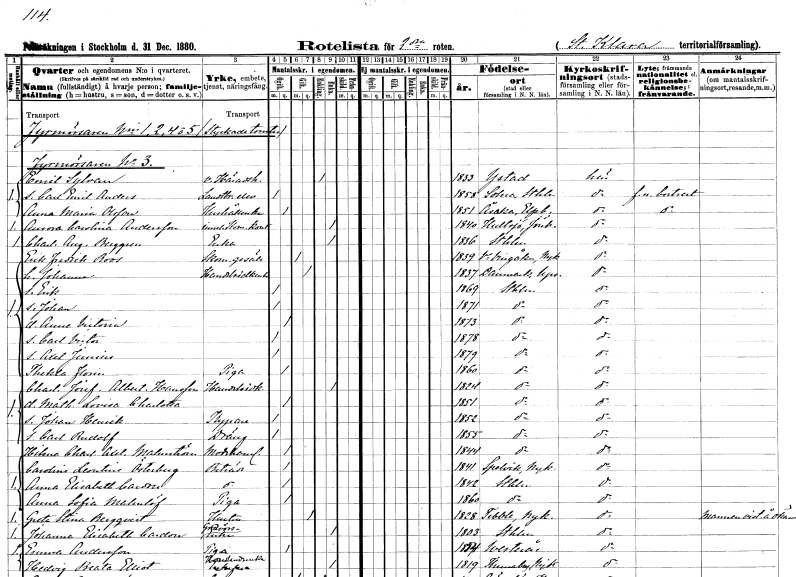
gt_parse: households: individuals: FN: Emil
EN: Sylvan
YRKE: Häradshövding vice
KON: M
CIV: E
FODAR: 1833
FODFORS: Ystad Malmöhus län
FN: Carl Emil Anders
YRKE: Lantbrukselev
KON: M
CIV: O
FODAR: 1858
FODFORS: Solna Stockholms län
FN: Anna Maria
EN: Olsson
YRKE: Hushållerska
KON: K
CIV: O
FODAR: 1851
FODFORS: Väne-Åsaka Älvsborgs län
FN: Aurora Carolina
EN: Andersson
YRKE: Innehavare av kom.kont.
KON: K
CIV: E
FODAR: 1840
FODFORS: Hultsjö Jönköpings län
FN: Charlotta Augusta
EN: Berggren
YRKE: Änka
KON: K
CIV: E
FODAR: 1836
FODFORS: Stockholm
FN: Erik Fredrik
EN: Roos
YRKE: Skomakaregesäll
KON: M
CIV: G
FODAR: 1839
FODFORS: Västra Vingåker Södermanlands län
FN: Johanna
YRKE: Handelsidkerska
KON: K
CIV: G
FODAR: 1837
FODFORS: Danmark Uppsala län
FN: Erik
KON: M
CIV: O
FODAR: 1869
FODFORS: Stockholm
FN: Johan
KON: M
CIV: O
FODAR: 1871
FODFORS: Stockholm
FN: Anna Victoria
KON: K
CIV: O
FODAR: 1873
FODFORS: Stockholm
FN: Carl Victor
KON: M
CIV: O
FODAR: 1878
FODFORS: Stockholm
FN: Axel Julius
KON: M
CIV: O
FODAR: 1879
FODFORS: Stockholm
FN: Thekla
EN: Florin
YRKE: Piga
KON: K
CIV: O
FODAR: 1860
FODFORS: Stockholm
FN: Charlotta Josefina Albertina
EN: Hansson
YRKE: Handelsidkerska
KON: K
CIV: E
FODAR: 1824
FODFORS: Stockholm
FN: Mathilda Lovisa Charlotta
KON: K
CIV: O
FODAR: 1851
FODFORS: Stockholm
FN: Johan Henrik
YRKE: Kypare
KON: M
CIV: O
FODAR: 1852
FODFORS: Stockholm
FN: Carl Rudolf
YRKE: Dräng
KON: M
CIV: O
FODAR: 1855
FODFORS: Stockholm
FN: Hilma Charlotta Axelina
EN: Malmström
YRKE: Modehandlerska
KON: K
CIV: O
FODAR: 1844
FODFORS: Stockholm
FN: Carolina Leontina
EN: Österberg
YRKE: Biträde
KON: K
CIV: O
FODAR: 1841
FODFORS: Spelvik Södermanlands län
FN: Anna Elisabeth
EN: Cardou
YRKE: Biträde
KON: K
CIV: O
FODAR: 1842
FODFORS: Stockholm
FN: Anna Sofia
EN: Malmlöf
YRKE: Piga
KON: K
CIV: O
FODAR: 1860
FODFORS: Stockholm
FN: Greta Stina
EN: Bergqvist
YRKE: Hustru
KON: K
CIV: G
FODAR: 1828
FODFORS: Tibble Uppsala län
FN: Johanna Elisabeth
EN: Cardou
YRKE: Gravörsänka
KON: K
CIV: E
FODAR: 1803
FODFORS: Stockholm
FN: Emma
EN: Andersson
YRKE: Piga
KON: K
CIV: O
FODAR: 1854
FODFORS: Västerås Västmanlands län